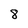
Character: 8